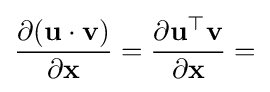
{\frac {\partial (\mathbf {u} \cdot \mathbf {v} )}{\partial \mathbf {x} }}={\frac {\partial \mathbf {u} ^{\top }\mathbf {v} }{\partial \mathbf {x} }}=